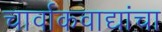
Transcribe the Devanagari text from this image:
चार्वाकवाद्यांचा